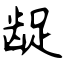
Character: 龊